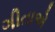
ગીતાએ